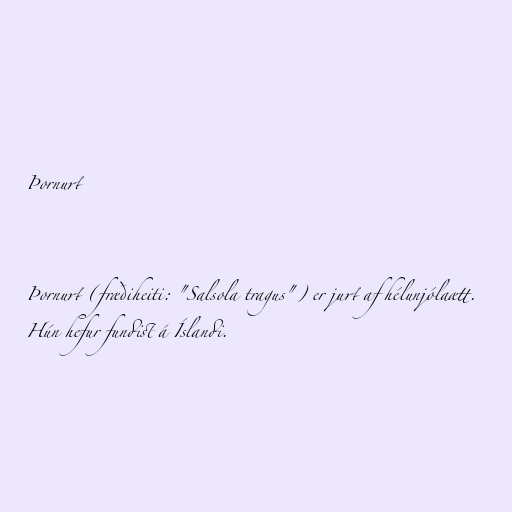
Þornurt

Þornurt (fræðiheiti: "Salsola tragus") er jurt af hélunjólaætt.
Hún hefur fundist á Íslandi.